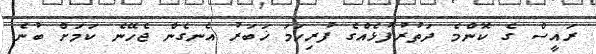
ރައީސް ގެ ކޮންމެ ދަތުރުފުޅެއްގެ ފުރިހަމަ ޚަބަރު އެނގެން ޖެހޭނެ ކަމަށް ބުނެ